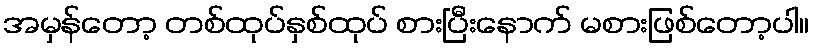
အမှန်တော့ တစ်ထုပ်နှစ်ထုပ် စားပြီးနောက် မစားဖြစ်တော့ပါ။